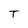
Character: T